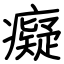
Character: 癡